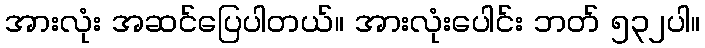
အားလုံး အဆင်ပြေပါတယ်။ အားလုံးပေါင်း ဘတ် ၅၃၂ပါ။